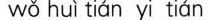
wǒ huì tián yi tián